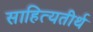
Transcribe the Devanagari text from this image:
साहित्यतीर्थ